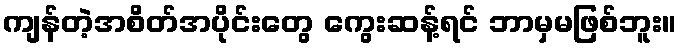
ကျန်တဲ့အစိတ်အပိုင်းတွေ ကွေးဆန့်ရင် ဘာမှမဖြစ်ဘူး။